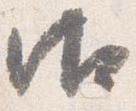
御